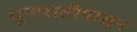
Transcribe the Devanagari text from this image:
गुजरातीपासून